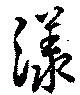
漾